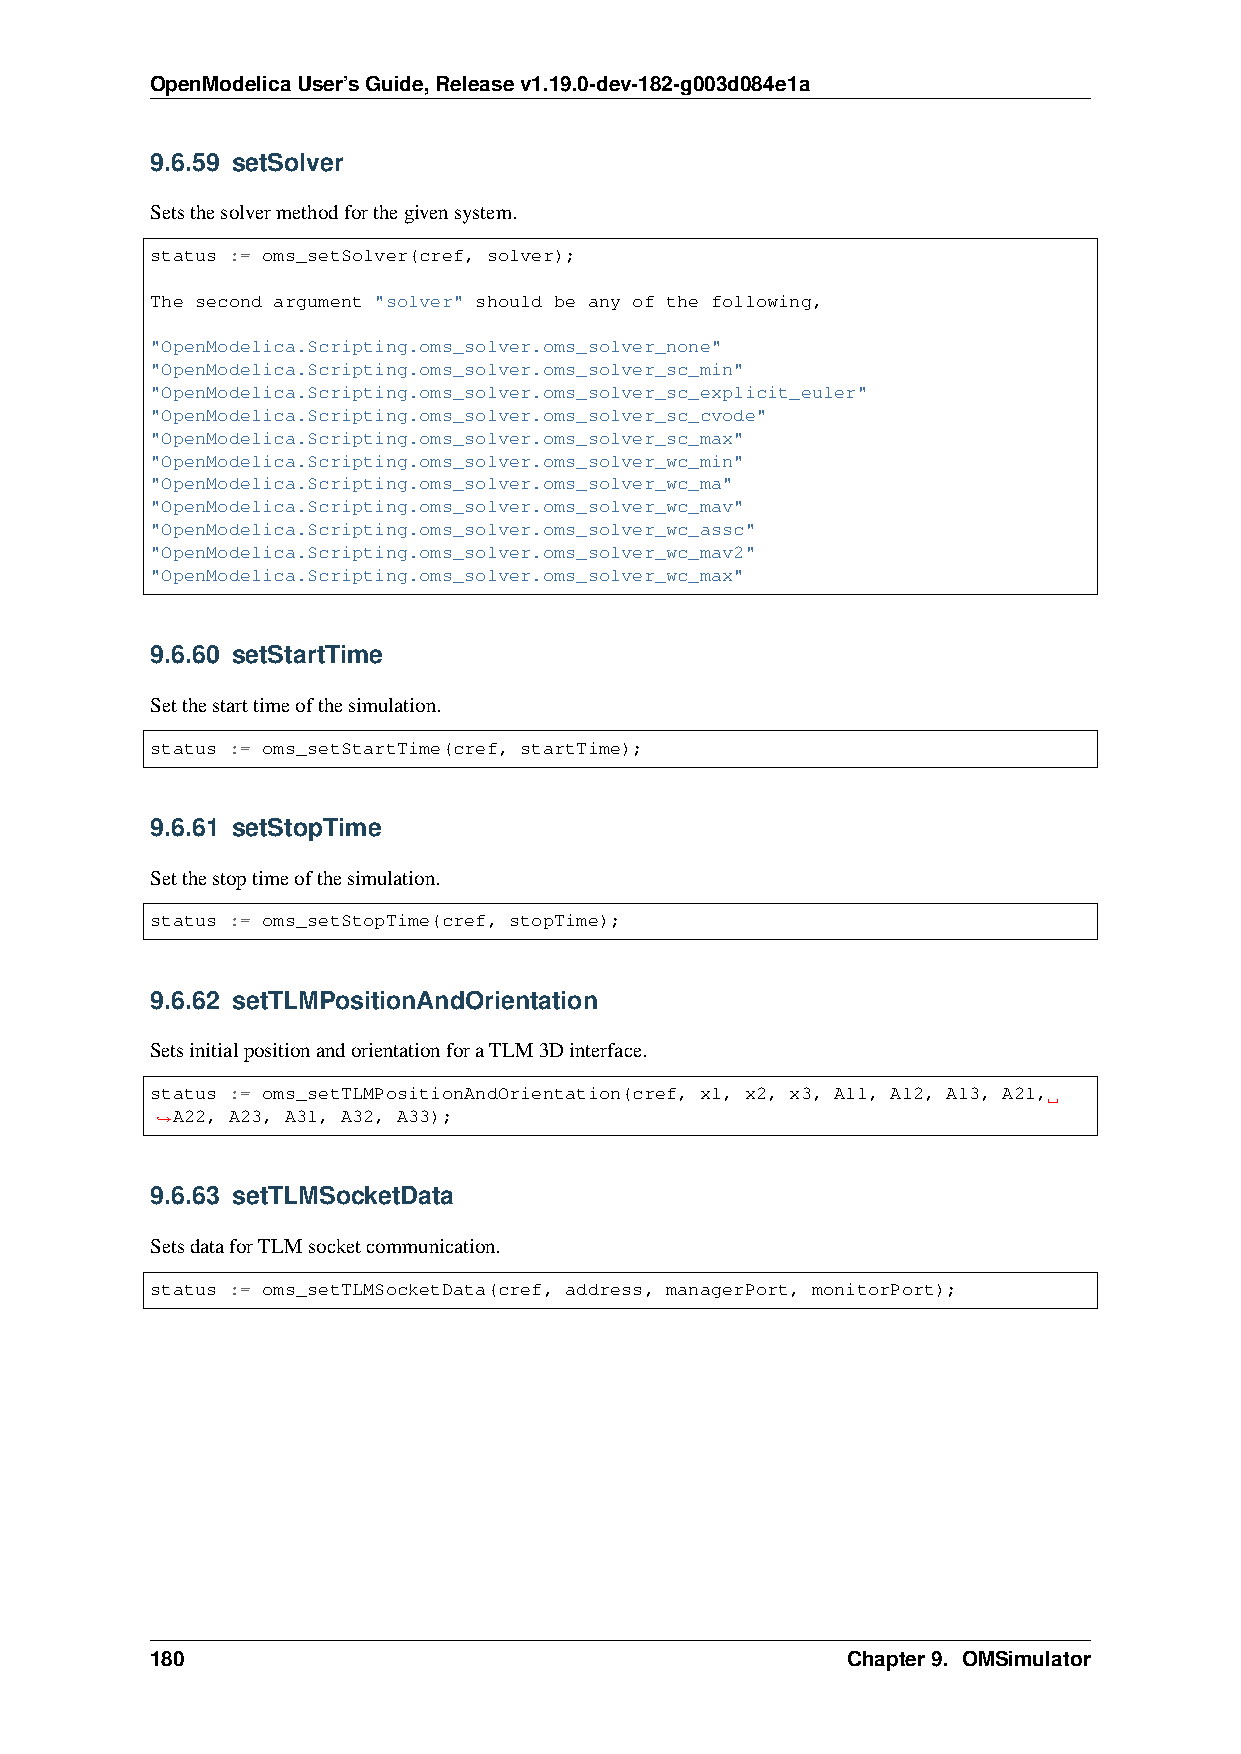
OpenModelicaUser’sGuide,Releasev1.19.0-dev-182-g003d084e1a
 9.6.59 setSolver
 Setsthesolvermethodforthegivensystem.
 status := oms_setSolver(cref, solver);
 The second argument "solver" should be any of the following,
 "OpenModelica.Scripting.oms_solver.oms_solver_none"
 "OpenModelica.Scripting.oms_solver.oms_solver_sc_min"
 "OpenModelica.Scripting.oms_solver.oms_solver_sc_explicit_euler"
 "OpenModelica.Scripting.oms_solver.oms_solver_sc_cvode"
 "OpenModelica.Scripting.oms_solver.oms_solver_sc_max"
 "OpenModelica.Scripting.oms_solver.oms_solver_wc_min"
 "OpenModelica.Scripting.oms_solver.oms_solver_wc_ma"
 "OpenModelica.Scripting.oms_solver.oms_solver_wc_mav"
 "OpenModelica.Scripting.oms_solver.oms_solver_wc_assc"
 "OpenModelica.Scripting.oms_solver.oms_solver_wc_mav2"
 "OpenModelica.Scripting.oms_solver.oms_solver_wc_max"
 9.6.60 setStartTime
 Setthestarttimeofthesimulation.
 status := oms_setStartTime(cref, startTime);
 9.6.61 setStopTime
 Setthestoptimeofthesimulation.
 status := oms_setStopTime(cref, stopTime);
 9.6.62 setTLMPositionAndOrientation
 SetsinitialpositionandorientationforaTLM3Dinterface.
 status := oms_setTLMPositionAndOrientation(cref, x1, x2, x3, A11, A12, A13, A21,
 A22, A23, A31, A32, A33);
 ˓→
 9.6.63 setTLMSocketData
 SetsdataforTLMsocketcommunication.
 status := oms_setTLMSocketData(cref, address, managerPort, monitorPort);
 180                                           Chapter9. OMSimulator